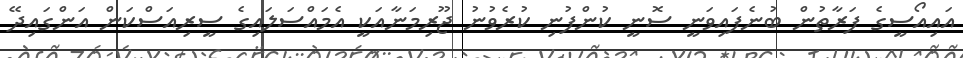
އައިއޯސީގެ ފަރާތުން ބުނެފައިވަނީ ސޮނީ ކުންފުނި ކުރެވުނު ޖޫރިމަނާއަކީ އެމައްސަލައިގެ ސީރިއަސްކަން އަންގައިދޭ